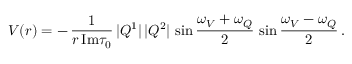
V ( r ) = - \, \frac { 1 } { r \, \mathrm { I m } \tau _ { 0 } } \, | Q ^ { 1 } | \, | Q ^ { 2 } | \, \sin \frac { \omega _ { V } + \omega _ { Q } } { 2 } \, \sin \frac { \omega _ { V } - \omega _ { Q } } { 2 } \, .